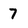
Character: 7